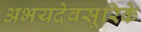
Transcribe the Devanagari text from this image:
अभयदेवसूरिके